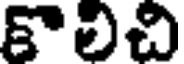
కొలిచి